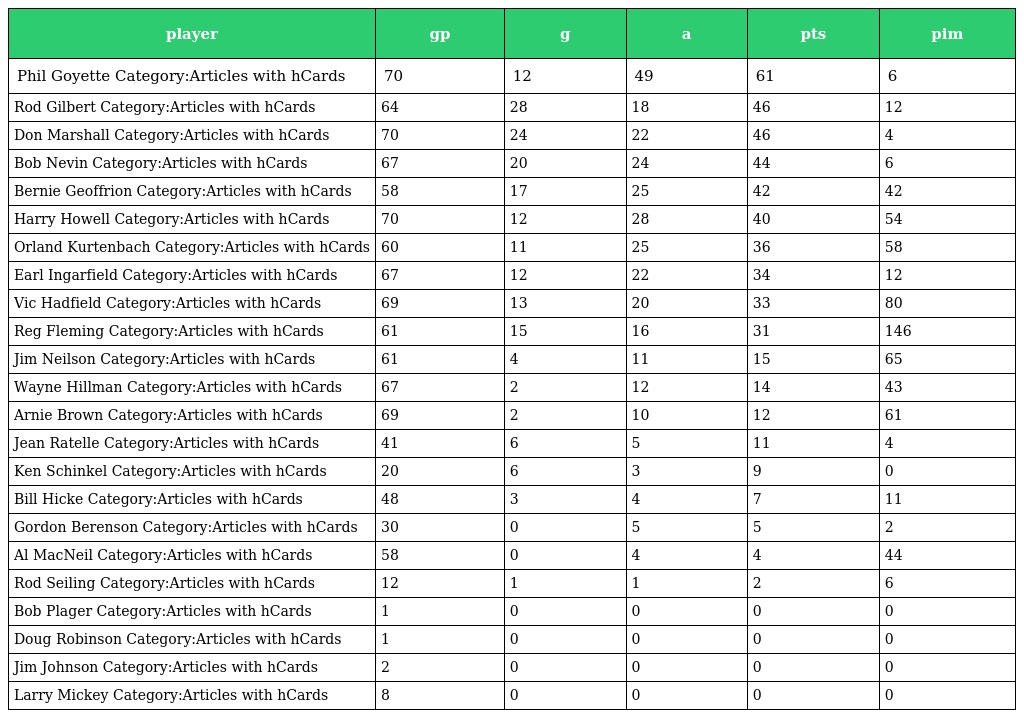
| player | gp | g | a | pts | pim |
 | --- | --- | --- | --- | --- | --- |
 | Phil Goyette Category:Articles with hCards | 70 | 12 | 49 | 61 | 6 |
 | Rod Gilbert Category:Articles with hCards | 64 | 28 | 18 | 46 | 12 |
 | Don Marshall Category:Articles with hCards | 70 | 24 | 22 | 46 | 4 |
 | Bob Nevin Category:Articles with hCards | 67 | 20 | 24 | 44 | 6 |
 | Bernie Geoffrion Category:Articles with hCards | 58 | 17 | 25 | 42 | 42 |
 | Harry Howell Category:Articles with hCards | 70 | 12 | 28 | 40 | 54 |
 | Orland Kurtenbach Category:Articles with hCards | 60 | 11 | 25 | 36 | 58 |
 | Earl Ingarfield Category:Articles with hCards | 67 | 12 | 22 | 34 | 12 |
 | Vic Hadfield Category:Articles with hCards | 69 | 13 | 20 | 33 | 80 |
 | Reg Fleming Category:Articles with hCards | 61 | 15 | 16 | 31 | 146 |
 | Jim Neilson Category:Articles with hCards | 61 | 4 | 11 | 15 | 65 |
 | Wayne Hillman Category:Articles with hCards | 67 | 2 | 12 | 14 | 43 |
 | Arnie Brown Category:Articles with hCards | 69 | 2 | 10 | 12 | 61 |
 | Jean Ratelle Category:Articles with hCards | 41 | 6 | 5 | 11 | 4 |
 | Ken Schinkel Category:Articles with hCards | 20 | 6 | 3 | 9 | 0 |
 | Bill Hicke Category:Articles with hCards | 48 | 3 | 4 | 7 | 11 |
 | Gordon Berenson Category:Articles with hCards | 30 | 0 | 5 | 5 | 2 |
 | Al MacNeil Category:Articles with hCards | 58 | 0 | 4 | 4 | 44 |
 | Rod Seiling Category:Articles with hCards | 12 | 1 | 1 | 2 | 6 |
 | Bob Plager Category:Articles with hCards | 1 | 0 | 0 | 0 | 0 |
 | Doug Robinson Category:Articles with hCards | 1 | 0 | 0 | 0 | 0 |
 | Jim Johnson Category:Articles with hCards | 2 | 0 | 0 | 0 | 0 |
 | Larry Mickey Category:Articles with hCards | 8 | 0 | 0 | 0 | 0 |